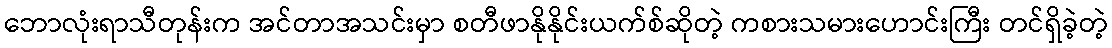
ဘောလုံးရာသီတုန်းက အင်တာအသင်းမှာ စတီဖာနိုနိုင်းယက်စ်ဆိုတဲ့ ကစားသမားဟောင်းကြီး တင်ရှိခဲ့တဲ့